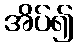
အိပ်၍